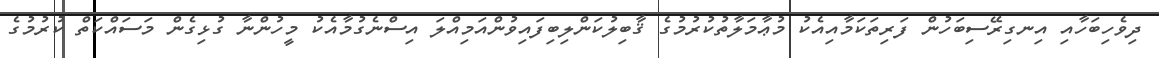
ދިވެހިބަހާއި އިނގިރޭސިބަހުން ފަރިތަކަމާއިއެކު މުޢާމަލާތުކުރުމުގެ ޤާބިލުކަންލިބިފައިވުންއަމިއްލަ އިސްނެގުމާއެކު މީހުންނާ ގުޅިގެން މަސައްކަތް ކުރުމުގެ